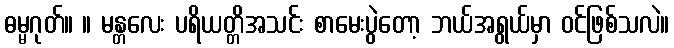
ဓမ္မဂုတ်။ ။ မန္တလေး ပရိယတ္တိအသင်း စာမေးပွဲတော့ ဘယ်အရွယ်မှာ ဝင်ဖြစ်သလဲ။